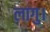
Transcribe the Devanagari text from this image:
लागु।